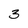
Character: 3